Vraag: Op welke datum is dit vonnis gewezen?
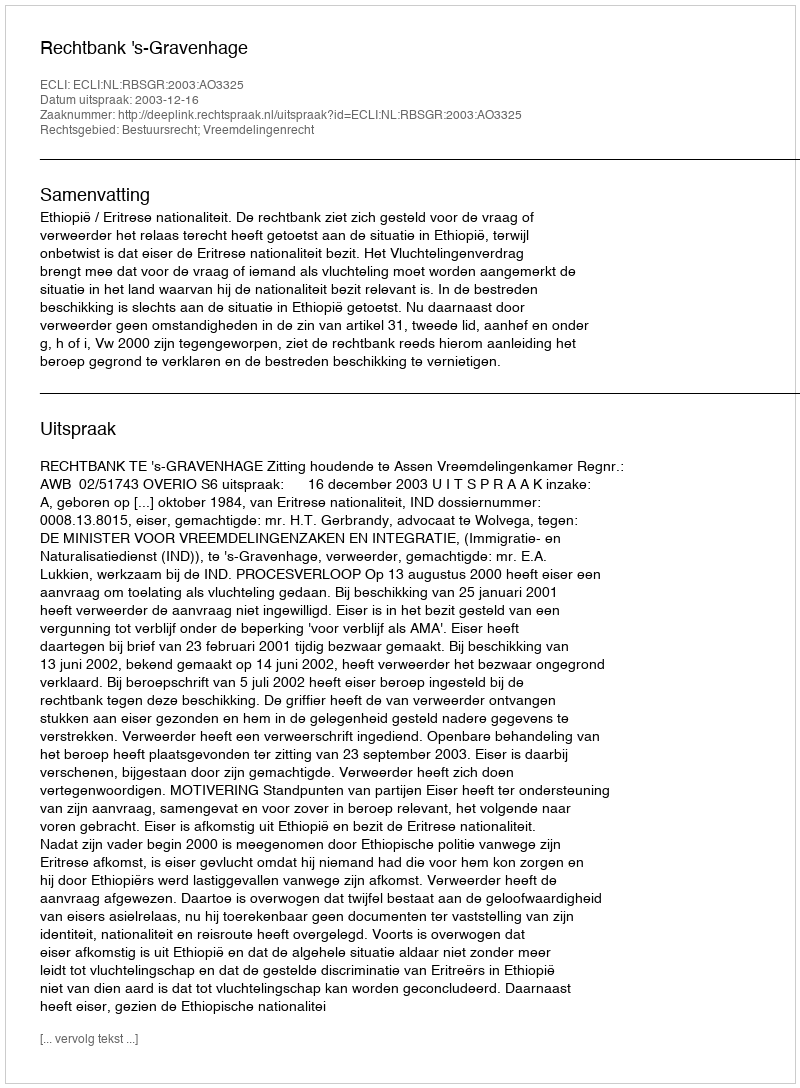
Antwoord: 2003-12-16